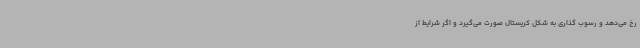
رخ می‌دهد و رسوب گذاری به شکل کریستال صورت می‌گیرد و اگر شرایط از